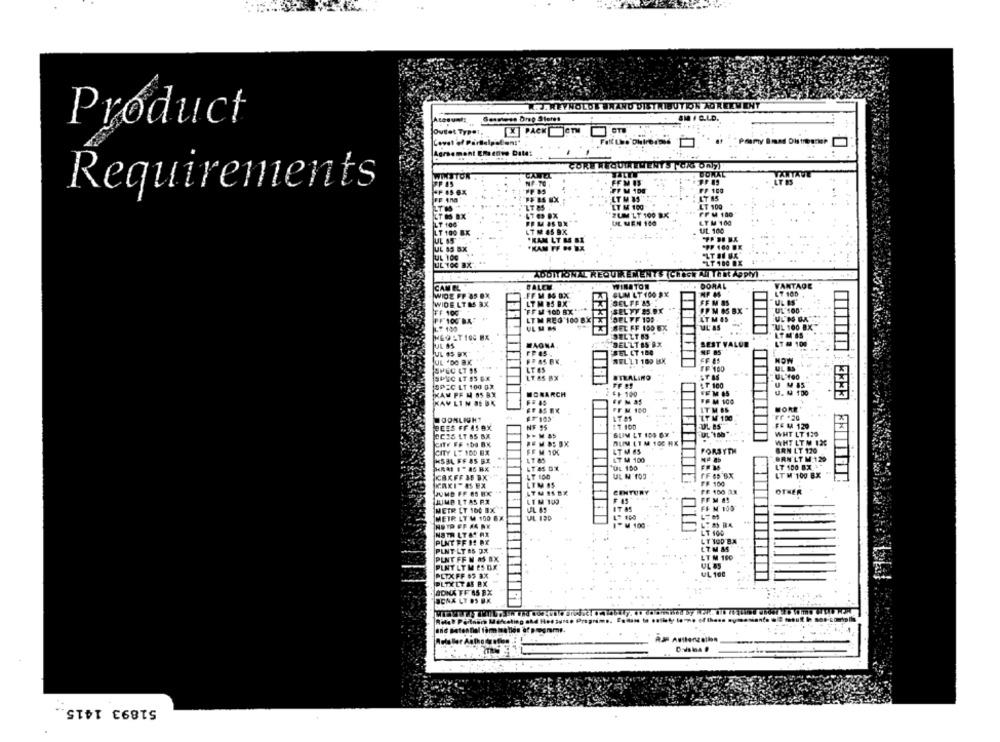
W.J. WEYNOLDE BWAND DISTRIBUTION AGREEMENT
SMIC.LD.
Product
joutet Type !. ..
[X] PACH [JeTM
Covet of Partialpaßen:"
CORE REQUIREMENTS | CAS Ony)
WINSTON .
CAREL
. DONAL
VANTAVE
FFM IS
Requirements
7.11
FF 100
LT M 85
LT 85
ZT 85
LT M 160
LT 100
"ZUM LT 100 BX
FFM 100
LT 100
UL MEN 100
LY M'100
UL. 100
LT 100 BX
*PP 100 BE
UL 85 BX
FRAM
"LT DI BA
JUL 100
UL 100 BX
ADDITIONAL REQUIREMENTS (CHECK All That Apply).
CAM EL
FALEM
WINATON
DORAL
VANTAGE
WIDE FP OS BX
FF M BS OX
CUM LT 100 9X
LT 100
WIDE LTMS AX
LT M DEX
ESELFF AS-
FFM S
UL IS'
FF 100
FFM 100 BX
ES SEL VY 85.0X
PPM 85 BX
UL 100
LTM REG 100 BX
DEL FF 109
ATMOS
7 100
SEL FF 100 6X
UL'AS
UL 100 BX
x
SELLT 85*
LTM'AS
DELLTBS BX
LT M 100
UL 85
WAONA
SEST V
JEL LT 180
UL .DO BK
SEL LI 100 BX
HOW
SPEC LT 95
LT 65
FF 100
UL AS
LT AS BX
STRALINO
SPEC LT 100 0X
FF !!
LT 100
IKAM FF M 85 BX
MONARCH
++ 100
U. U 100
KAV LIN SE BK
FF MAS
3333
FF M 100
IT M OS
MORE
IT M 100
Fr :20
FE LA 129
BEES FF 41 9X
NF 95
#7 100
2CES LT B5 BX
>- MAS
UL 180
WHT LT 130
WHT LTM 12C
CITY LT 100 BX
SEM 100
LT M 65
FORSYTH
BRN LT 170
MSEL FF AS BK
LT 85
LT M 100
BRN'LT M 120
UL 100
LT 100 BX
LT 100
UL N 103
FF 45'BX
LT M '100 BX
FF 100
LTM IS
CENTURY
FE 100 13
OTHER
JUMD FF 85 EX
LTUIS BE
JUMP LT AS RX
LTM '100
F.45
NETR LT 100 BX
FF M 100
METR LT W 100 EX
UL 120
M 100
THLTASAR
LT 100
PUNTFFIE RX
LT 100 BA
INT LY 85 JX
LT.M &5
LT M 160
ENT FF M 85 BX
INTLTMESDE"
UL 85
KFF
UL 100
51893 1415.